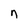
Character: n